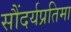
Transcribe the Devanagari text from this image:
सौंदर्यप्रतिमा